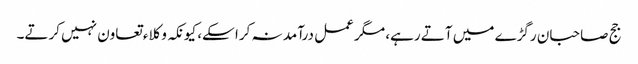
جج صاحبان رگڑے میں آتے رہے، مگر عمل درآمد نہ کرا سکے، کیونکہ وکلاء تعاون نہیں کرتے۔